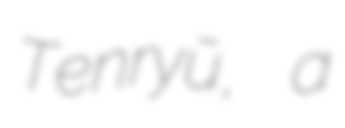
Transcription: Tenryū, a